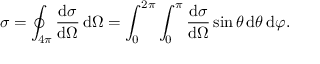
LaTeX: \sigma = \oint _ { 4 \pi } { \frac { \mathrm { d } \sigma } { \mathrm { d } \Omega } } \, \mathrm { d } \Omega = \int _ { 0 } ^ { 2 \pi } \int _ { 0 } ^ { \pi } { \frac { \mathrm { d } \sigma } { \mathrm { d } \Omega } } \sin \theta \, \mathrm { d } \theta \, \mathrm { d } \varphi .